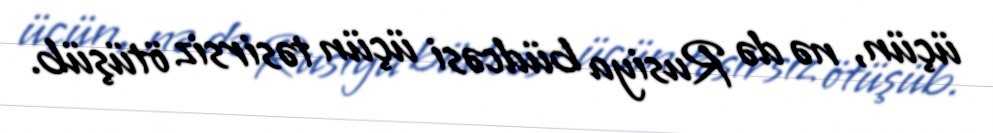
üçün, nə də Rusiya büdcəsi üçün təsirsiz ötüşüb.